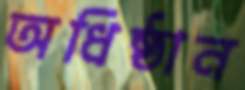
অধিষ্ঠান